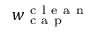
w _ { \mathrm { ~ c ~ a ~ p ~ } } ^ { \mathrm { ~ c ~ l ~ e ~ a ~ n ~ } }